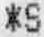
*S